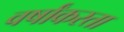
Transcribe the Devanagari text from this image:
वर्षांकरता